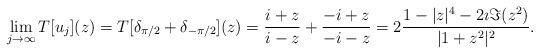
LaTeX: \begin{align*}\lim_{j\to\infty} T[u_j](z) = T[\delta_{\pi/2}+\delta_{-\pi/2}](z) = \frac{i+z}{i-z}+\frac{-i+z}{-i-z} = 2\frac{1-|z|^4 - 2\imath \Im (z^2)}{|1+z^2|^2}.\end{align*}